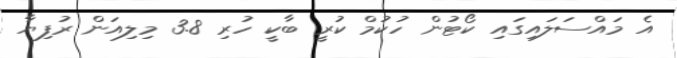
އެ މައްސަލައިގައި ކޯޓުން ހުކުމް ކުރީ ބާކީ ހުރި 3.8 މިލިއަން ރުފިޔާ